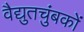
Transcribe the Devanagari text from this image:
वैद्युतचुंबकों